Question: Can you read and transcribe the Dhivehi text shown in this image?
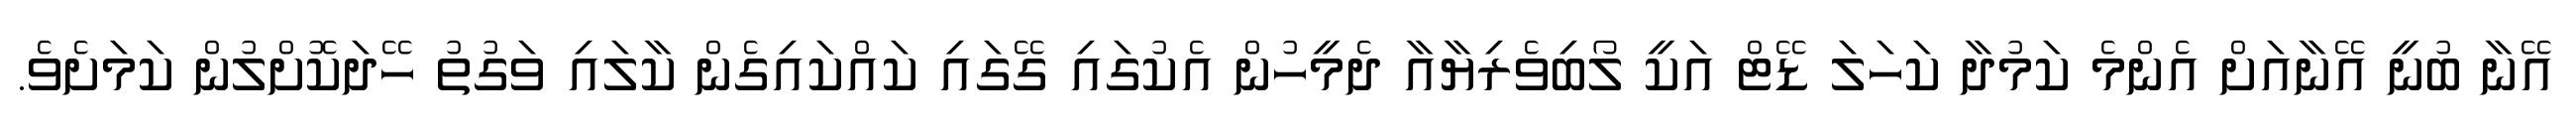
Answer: އޭނާ ބުނީ އޭނާއަށް އެންމެ ކަމުދާ ކަހަލަ ޑޭޓް އަކީ ލޯބިވެރިޔާއާ ދެމީހުން އެކުގައި ގޭގައި ކައްކައިގެން ކާލައި ވަގުތު ހޭދަކޮށްލުން ކަމަށެވެ.